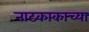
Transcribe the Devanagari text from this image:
नाटकाकाच्या